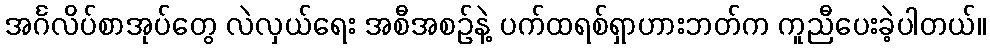
အင်္ဂလိပ်စာအုပ်တွေ လဲလှယ်ရေး အစီအစဉ်နဲ့ ပက်ထရစ်ရှာဟားဘတ်က ကူညီပေးခဲ့ပါတယ်။